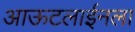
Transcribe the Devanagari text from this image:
आऊटलाईनला